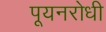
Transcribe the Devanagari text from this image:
पूयनरोधी